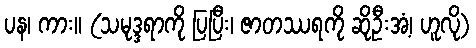
ပန၊ ကား။ (သမုဒ္ဒရာကို ပြပြီး၊ ဇာတဿရကို ဆိုဦးအံ့၊ ဟူလို)